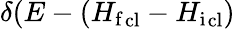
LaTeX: \delta(E-({H_{\mathrm{f}}}_{\mathrm{cl}}-{H_{\mathrm{i}}}_{\mathrm{cl}})